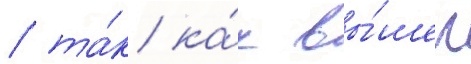
/ та́к ка́к вы́шел